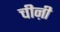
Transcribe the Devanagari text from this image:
चीऩी